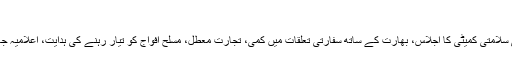
جانئے
Next : قومی سلامتی کمیٹی کا اجلاس، بھارت کے ساتھ سفارتی تعلقات میں کمی، تجارت معطل، مسلح افواج کو تیار رہنے کی ہدایت، اعلامیہ جاری کردیا گیا